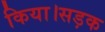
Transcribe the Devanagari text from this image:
किया।सड़क